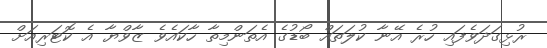
ރުޅިގަދަވެފައި ހުރެ އޭނާ ކުލަތައް ބޯޑުގެ އެތަންމިތާ ހާކައެވެ ޒާވްޔާ އެ ކޮޓަރިއަށް